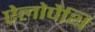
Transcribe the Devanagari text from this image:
ऐलोपैथि